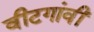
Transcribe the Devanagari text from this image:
वीटगांवीं